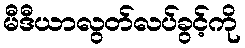
မီဒီယာလွတ်လပ်ခွင့်ကို